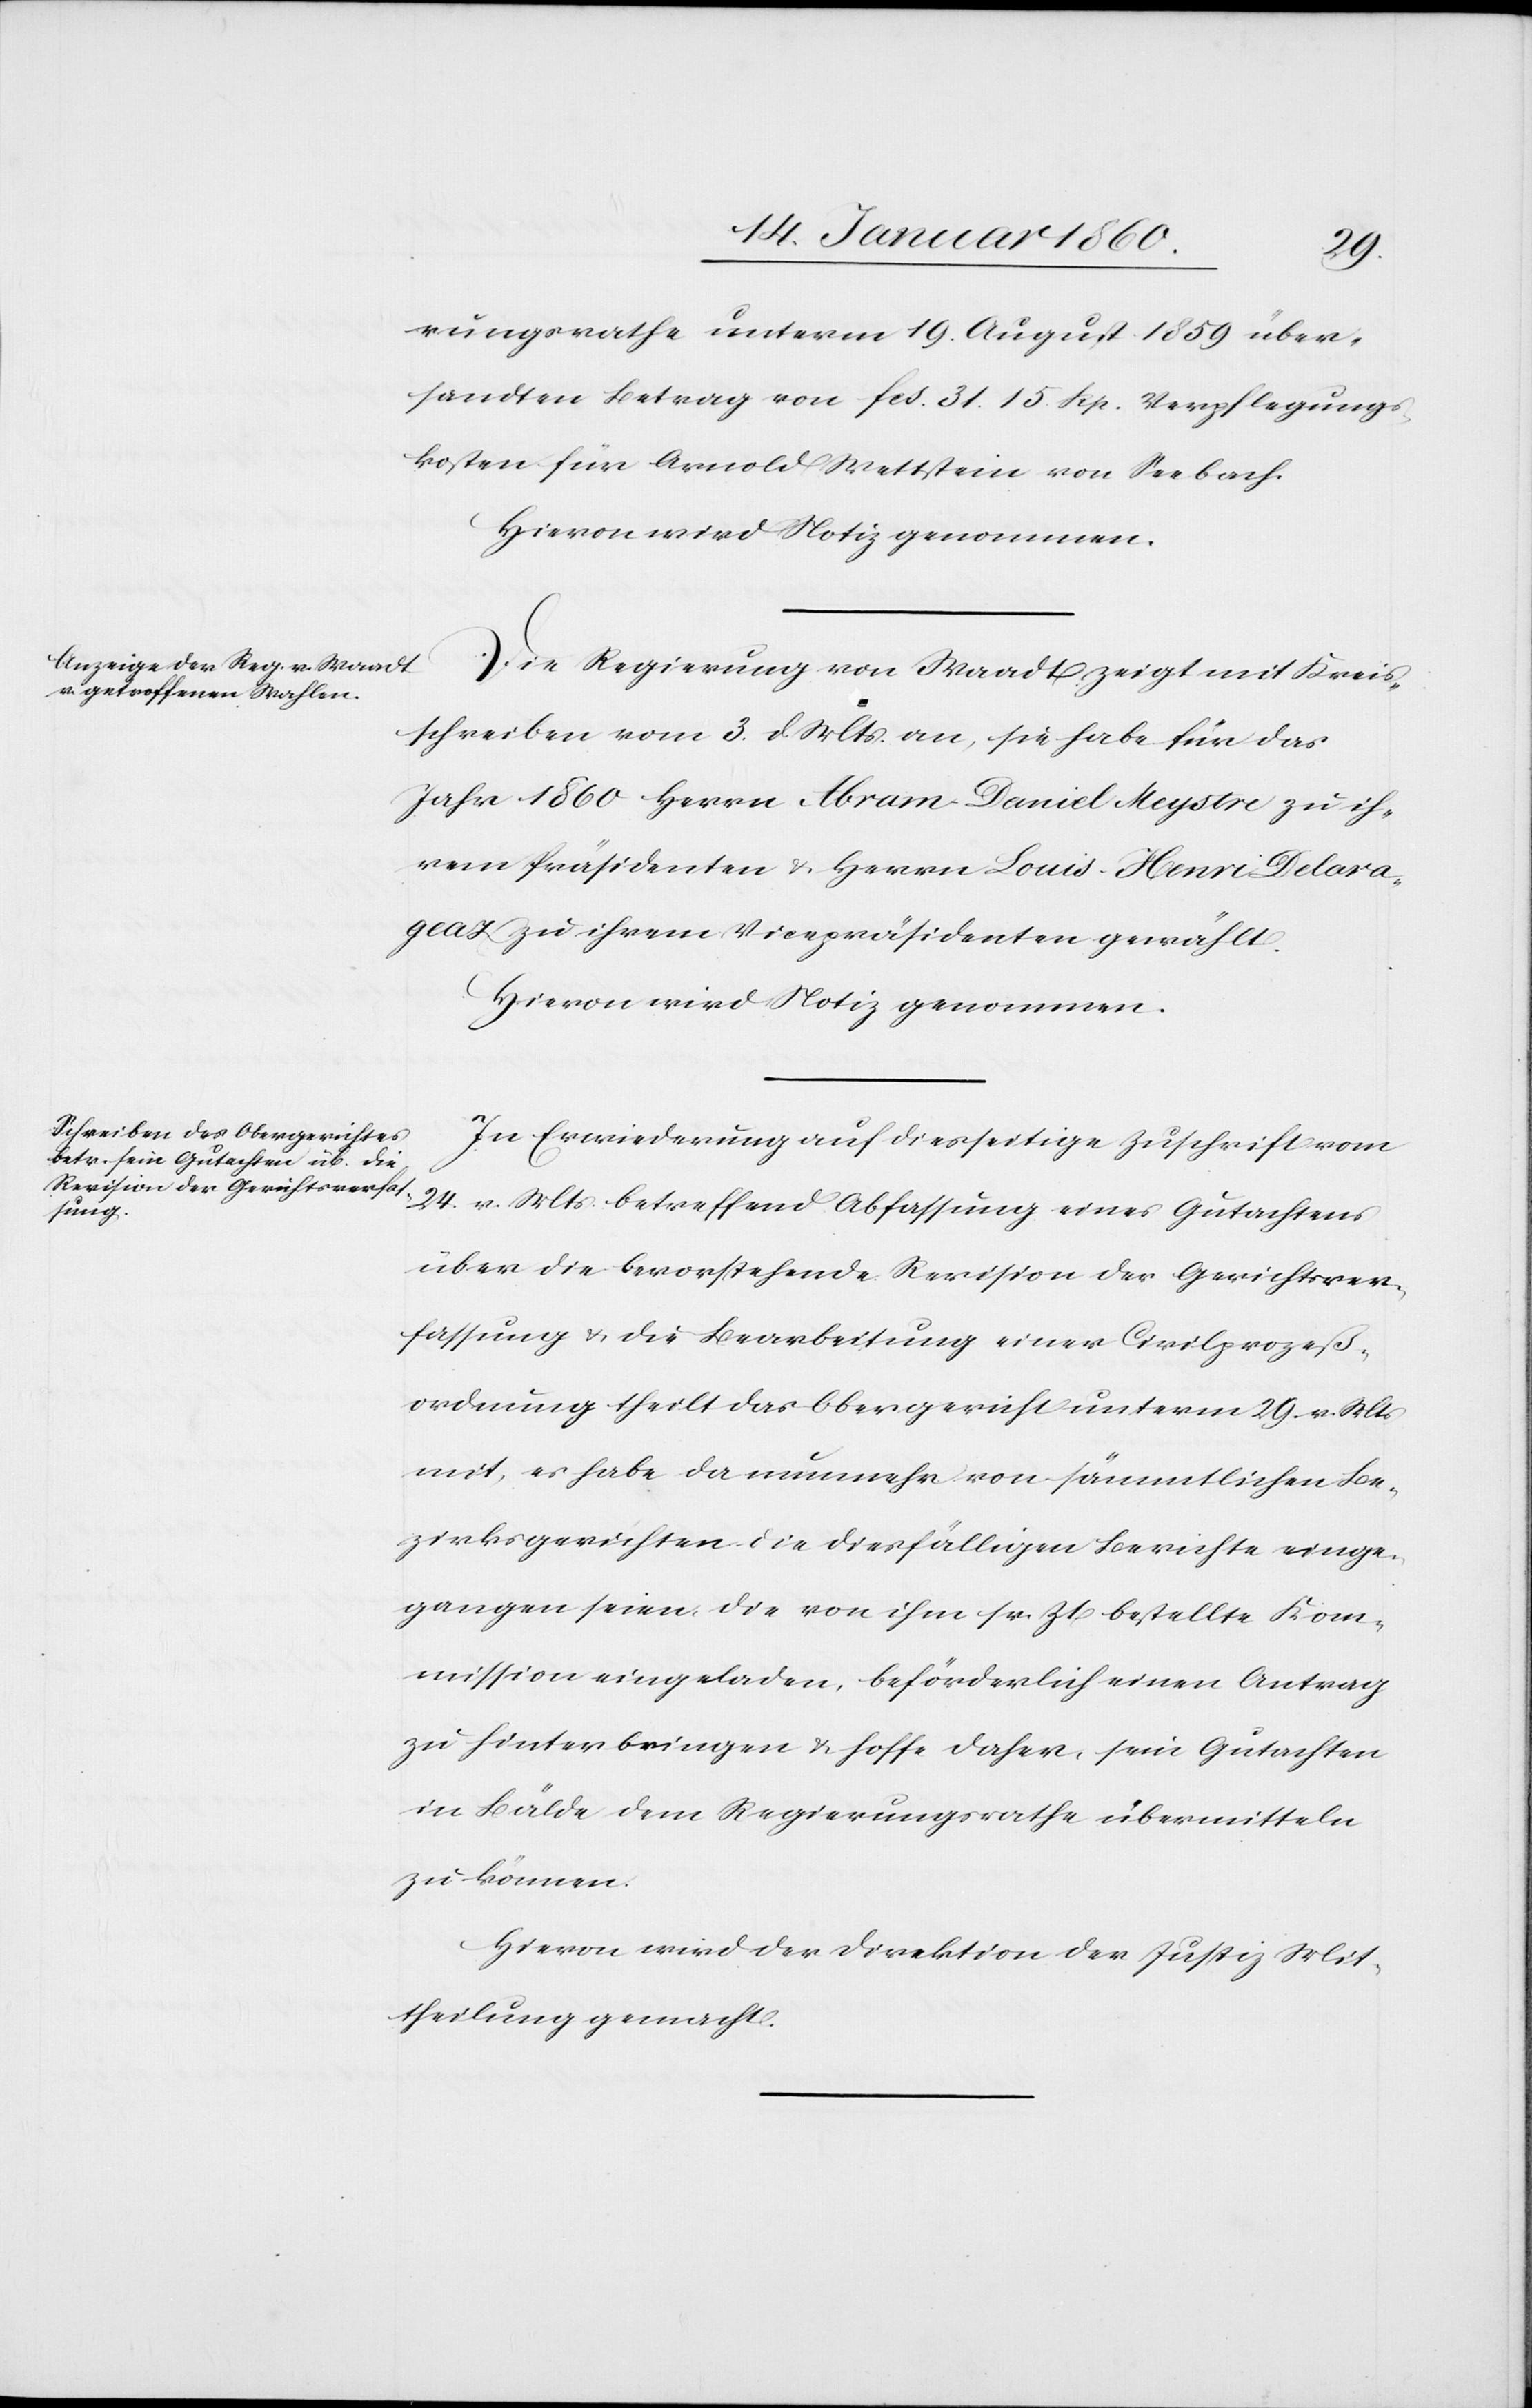
rungsrathe unterm 19. August 1859. über¬
sandten Betrag von fcs. 31. 15. Rp. Verpflegungs¬
kosten für Arnold Wettstein von Seebach.
Hiervon wird Notiz genommen.
Die Regierung von Waadt zeigt mit Kreis¬
schreiben vom 3. d. Mts. an, sie habe für das
Jahr 1860. Herrn Abram Daniel Meystre zu ih¬
rem Präsidenten u. Herrn Louis Henri Delara¬
geaz zu ihrem Vicepräsidenten gewählt.
Hiervon wird Notiz genommen.
In Erwiederung auf diesseitige Zuschrift vom
24. v. Mts. betreffend Abfassung eines Gutachtens
über die bevorstehende Revision der Gerichtsver¬
fassung u. die Bearbeitung einer Civilprozeß¬
ordnung theilt das Obergericht unterm 29. v. Mts.
mit, es habe da nunmehr von sämmtlichen Be¬
zirksgerichten die diesfälligen Berichte einge¬
gangen seien die von ihm sr. Zt. bestellte Kom¬
mission eingeladen, beförderlich einen Antrag
zu hinterbringen u. hoffe daher, sein Gutachten
in Bälde dem Regierungsrathe übermitteln
zu können.
Hiervon wird der Direktion der Justiz Mit¬
theilung gemacht.